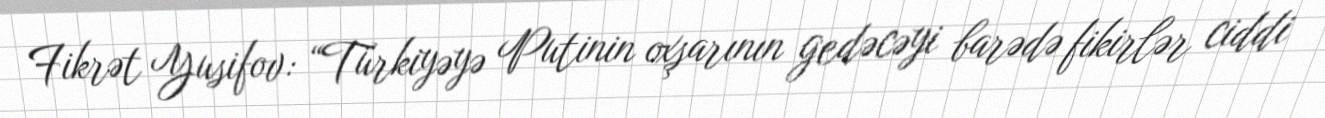
Fikrət Yusifov: “Türkiyəyə Putinin oxşarının gedəcəyi barədə fikirlər ciddi